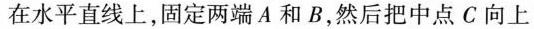
在水平直线上，固定两端 A 和 B，然后把中点 C 向上